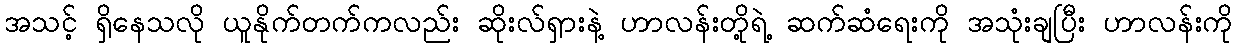
အသင့် ရှိနေသလို ယူနိုက်တက်ကလည်း ဆိုးလ်ရှားနဲ့ ဟာလန်းတို့ရဲ့ ဆက်ဆံရေးကို အသုံးချပြီး ဟာလန်းကို